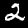
Digit: 2